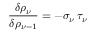
\frac { \delta \rho _ { \nu } } { \delta \rho _ { \nu - 1 } } = - \sigma _ { \nu } \, \tau _ { \nu }